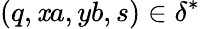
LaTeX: (q,\mathit{x}a,yb,s)\in\delta^{*}